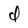
Character: d